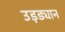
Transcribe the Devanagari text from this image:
उड़ड्यान